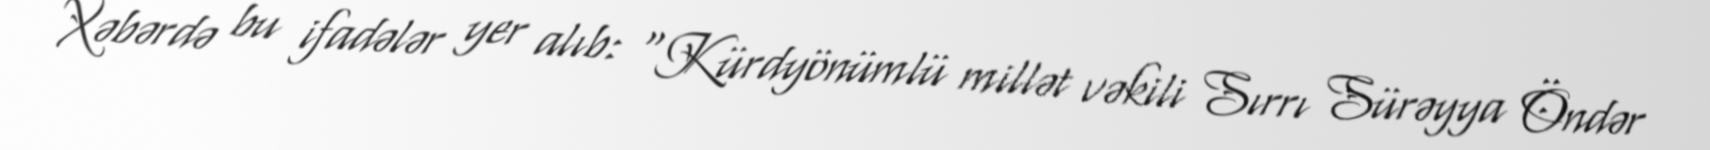
Xəbərdə bu ifadələr yer alıb: “Kürdyönümlü millət vəkili Sırrı Sürəyya Öndər